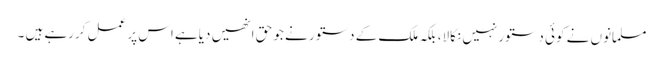
مسلمانوں نے کوئی دستورنہیں نکالا، بلکہ ملک کے دستور نے جو حق انھیں دیاہے اس پر عمل کررہے ہیں ۔